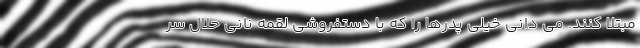
مبتلا کنند. می دانی خیلی پدرها را که با دستفروشی لقمه نانی حلال سر